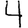
Digit: 4